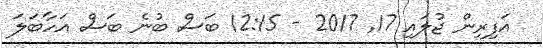
އަފިރިން ޖުލައި 17